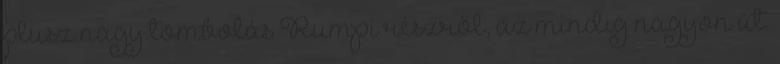
plusz nagy tombolás Rumpi részről, az mindig nagyon üt.